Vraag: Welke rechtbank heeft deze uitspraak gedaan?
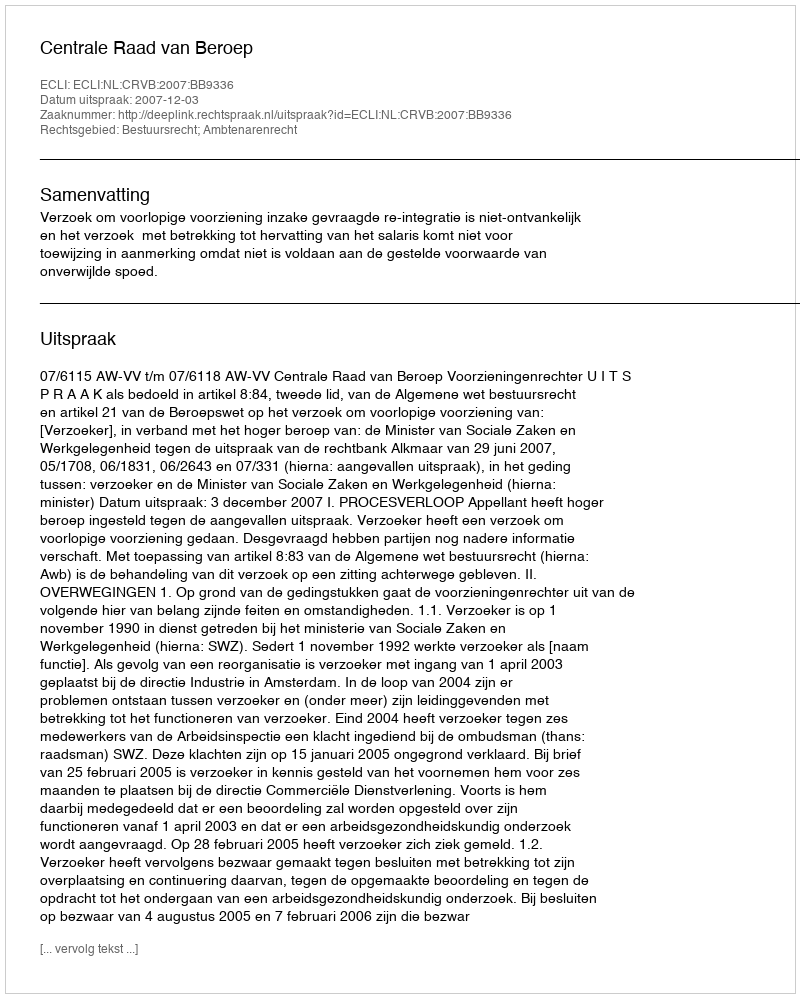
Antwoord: Centrale Raad van Beroep